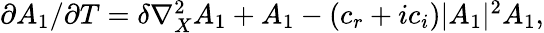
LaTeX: \begin{array}{r}{\partial A_{1}/\partial T=\delta\nabla_{X}^{2}A_{1}+A_{1}-(c_{r}+ic_{i})|A_{1}|^{2}A_{1},}\end{array}